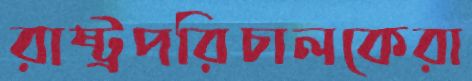
রাষ্ট্রপরিচালকেরা